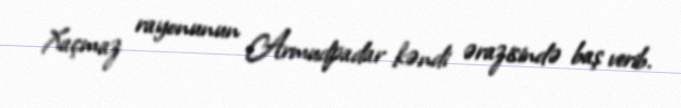
Xaçmaz rayonunun Armudpadar kəndi ərazisində baş verib.